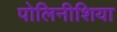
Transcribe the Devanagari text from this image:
पोलिनीशिया